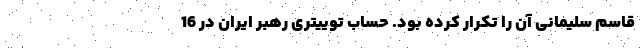
قاسم سلیمانی آن را تکرار کرده بود. حساب توییتری رهبر ایران در 16